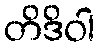
တိဒိဝါ